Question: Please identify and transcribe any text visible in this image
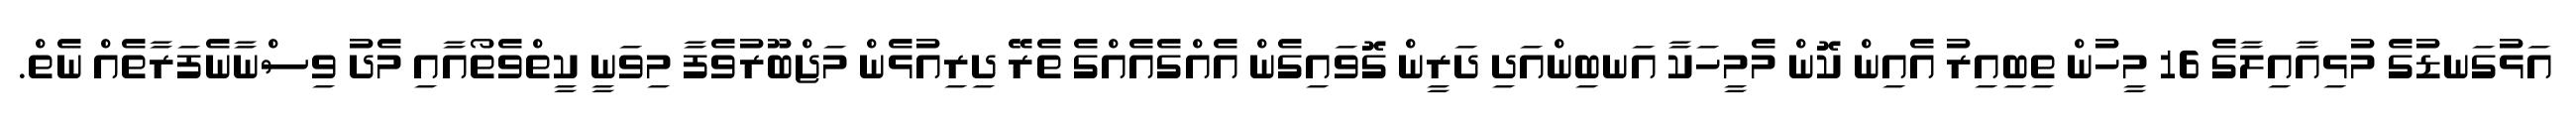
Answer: އަޅުގަނޑުގެ މުޅިއާއިލާގެ 16 މީހުން ތިބިއިރު އެއިން ކޮން މެމީހަކާ އަނބިންއަދި ދަރީން ގޮވައިގެން އެއްގެއެއްގެ ތެރޭ ދިރިއުޅެން މަޖްބޫރުވެފާ މިވަނީ ކީތްވެތޯއާއި މެދު ވިސްނާނެފަރާތެއް ނެތް.